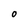
Character: O